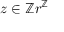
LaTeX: z \in \mathbb { Z } r ^ { \mathbb { Z } }